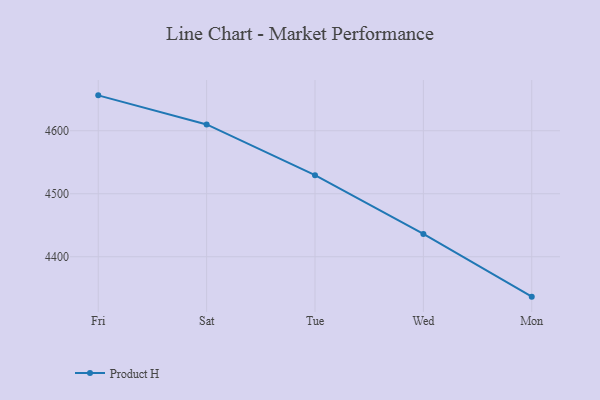
{"axis": {"x": "Day", "y": "Energy Usage (MWh)"}, "legend": ["Product H"], "data": [{"x": "Fri", "y": 4656.2, "type": "Product H"}, {"x": "Sat", "y": 4610.0, "type": "Product H"}, {"x": "Tue", "y": 4529.5, "type": "Product H"}, {"x": "Wed", "y": 4436.2, "type": "Product H"}, {"x": "Mon", "y": 4336.6, "type": "Product H"}]}